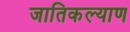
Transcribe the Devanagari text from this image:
जातिकल्याण